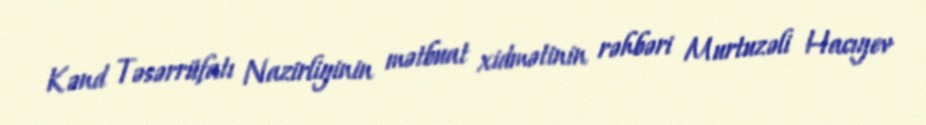
Kənd Təsərrüfatı Nazirliyinin mətbuat xidmətinin rəhbəri Murtuzəli Hacıyev